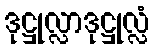
ဒုဋ္ဌုလ္လာဒုဋ္ဌုလ္လံ